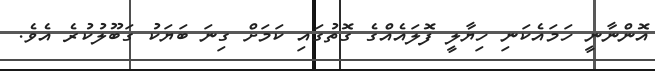
އޮންނާނީ ހަމައެކަނި ހިޔާލީ ފޮލައެއްގެ ގޮތުގައި ކަމަށް ގިނަ ބަޔަކު ގަބޫލުކުރެ އެވެ.